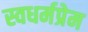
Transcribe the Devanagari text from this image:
स्वधर्मप्रेम